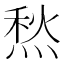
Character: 𤋦